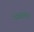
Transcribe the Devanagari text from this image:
नरड्यांवर